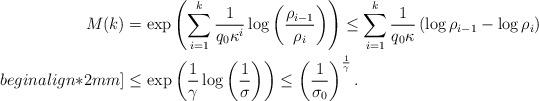
LaTeX: \begin{align*}M(k)&=\exp\left(\sum_{i=1}^k\frac{1}{q_0\kappa^i}\log\left(\frac{\rho_{i-1}}{\rho_i}\right) \right)\leq \sum_{i=1}^k\frac{1}{q_0\kappa}\left(\log \rho_{i-1}-\log \rho_i\right) \\begin{align*}2mm]&\leq \exp\left(\frac{1}{\gamma}\log\left(\frac{1}{\sigma}\right)\right)\leq \left(\frac{1}{\sigma_0}\right)^{\frac{1}{\gamma}}.\end{align*}